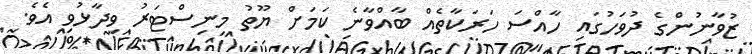
ޒުވާނުންގެ ދުވަހުގައި ހާއްސަ ހަރަކާތެއް ބާއްވާނެ ކަމަށް ޔޫތު މިނިސްޓަރު ވިދާޅުވި އެވެ.